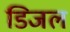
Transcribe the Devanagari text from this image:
डिजल